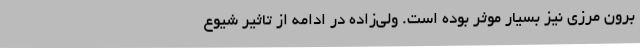
برون مرزی نیز بسیار موثر بوده است. ولی‌زاده در ادامه از تاثیر شیوع